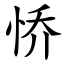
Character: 㤭